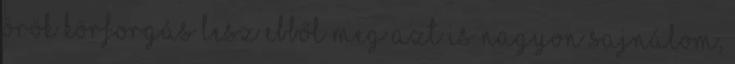
örök körforgás lesz ebből Meg azt is nagyon sajnálom,